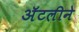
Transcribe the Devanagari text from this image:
अॅटलीने